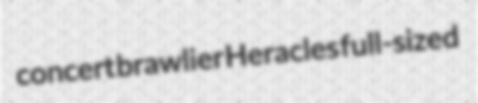
concert brawlier Heracles full-sized